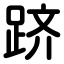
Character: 跻